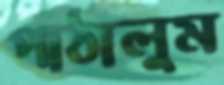
পাঠালুম